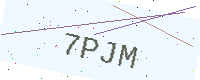
Text: 7PJM